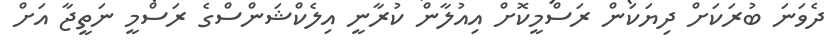
ދެވަނަ ބުރަކަށް ދިޔަކަން ރަސްމީކޮށް އިއުލާން ކުރާނީ އިލެކްޝަަންސްގެ ރަސްމީ ނަތީޖާ އަށް